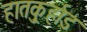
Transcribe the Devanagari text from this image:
हातकु्र्हाड